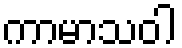
ကာမာသဝါ